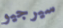
سيرجيو